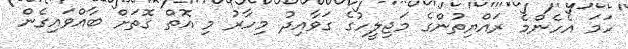
ހަމަ އެހެންމެ ރައްޔިތުންގެ މަޖިލީހުގެ ގަވާއިދު މިހާރު މި އޮތް ގޮތަށް ބާއްވައިގެން